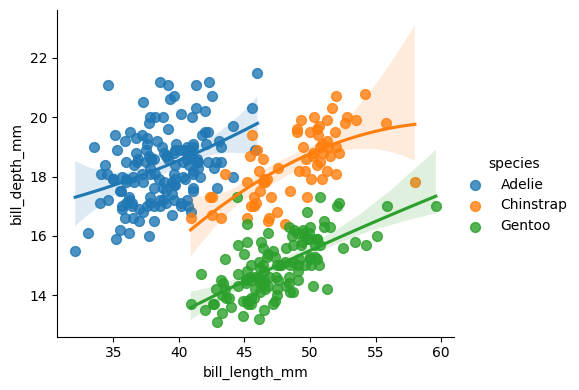
python, seaborn, lmplot, aspect=1.2, order=2, markers='o'